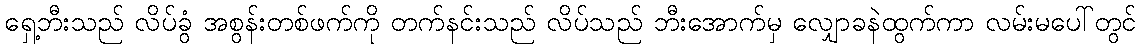
ရှေ့ဘီးသည် လိပ်ခွံ အစွန်းတစ်ဖက်ကို တက်နင်းသည် လိပ်သည် ဘီးအောက်မှ လျှောခနဲထွက်ကာ လမ်းမပေါ်တွင်